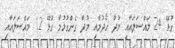
ގުޅޭ 24 މައްސަލައާއި މުދާ ހޯދުމާއި މުދާ ގެންގުޅުމާ ގުޅޭ 12 މައްސަލައާއި